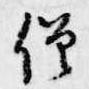
僧